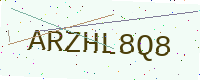
Text: ARZHL8Q8